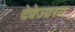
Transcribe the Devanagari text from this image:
देवेज्यस्य